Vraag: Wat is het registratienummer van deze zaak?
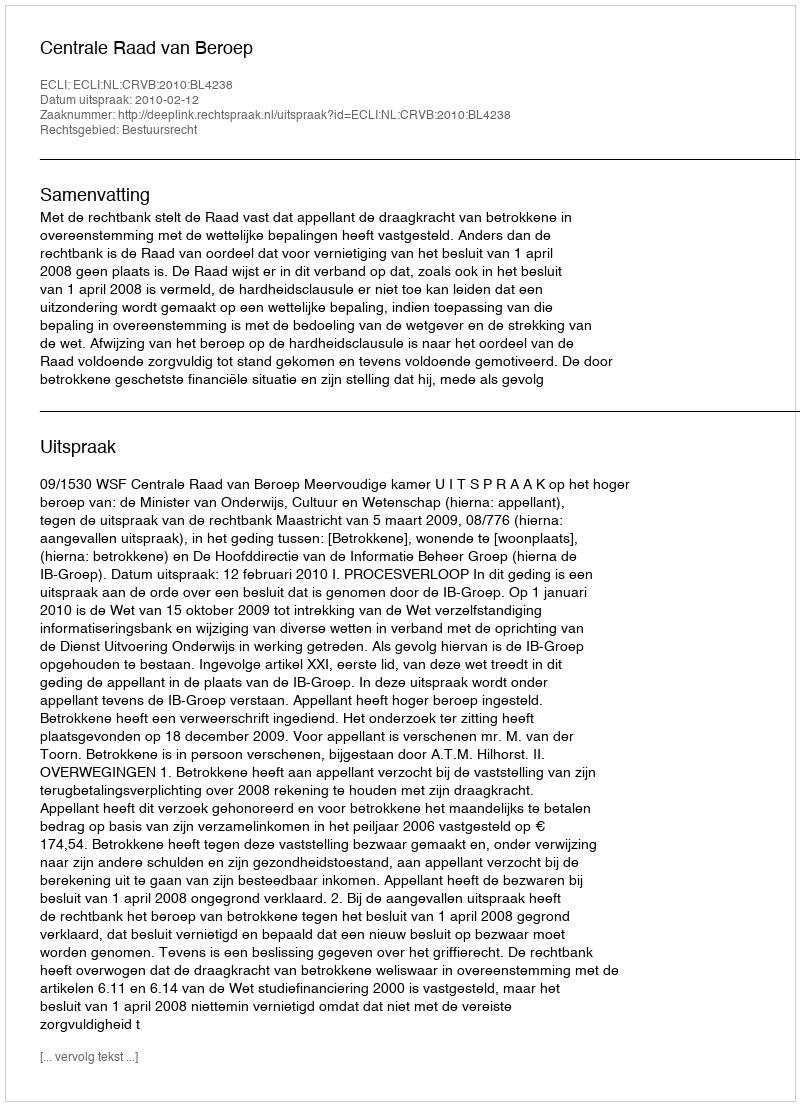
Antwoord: http://deeplink.rechtspraak.nl/uitspraak?id=ECLI:NL:CRVB:2010:BL4238